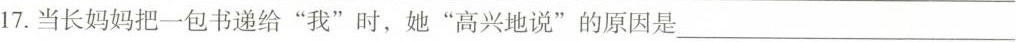
17.当长妈妈把一包书递给“我”时，她“高兴地说”的原因是___